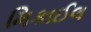
મિકાઈલ